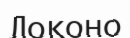
Локоно